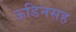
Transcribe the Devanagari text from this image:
ऊडिनसह